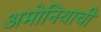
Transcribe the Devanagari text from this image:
अमोनियाची